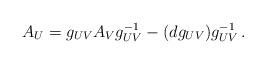
LaTeX: \begin{align*}A_U = g_{UV}A_Vg_{UV}^{-1} - (dg_{UV})g_{UV}^{-1}\, .\end{align*}